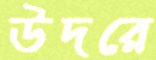
উদরে